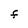
Character: f